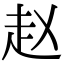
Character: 赵